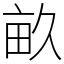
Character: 畝